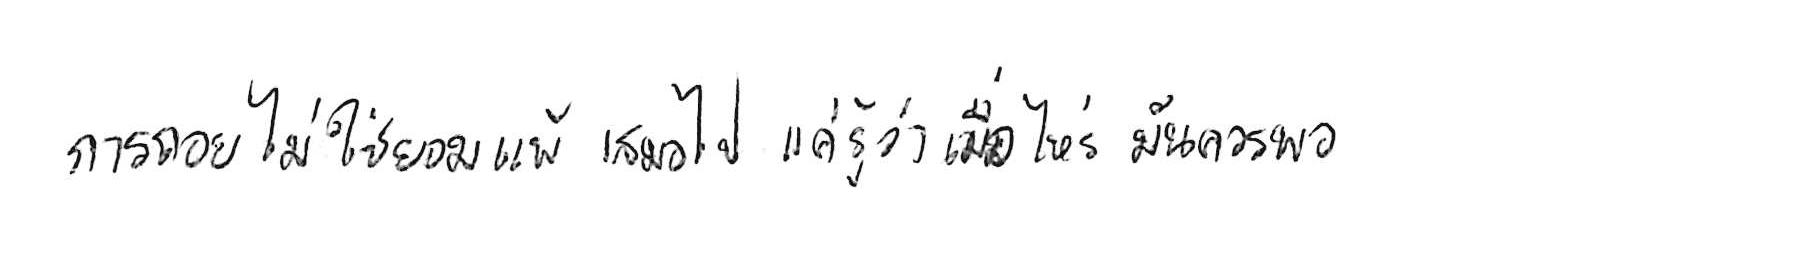
การถอย ไม่ใช่ยอมแพ้ เสมอไป แค่รู้ว่าเมื่อไหร่ มันควรพอ